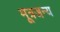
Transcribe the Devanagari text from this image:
मूत्रजन्य